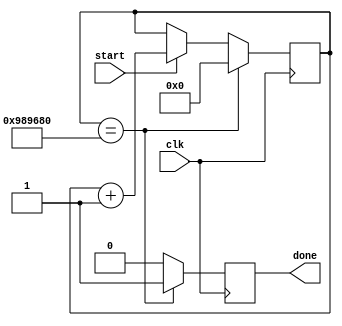
module TimerEspera(clk, start, done);

	input clk;
	input start;
	output done;
	
//=======================================================
//  REG/WIRE declarations
//=======================================================
	reg [30:0] St_Register;
	reg [30:0] St_Signal;
	reg St_done = 1'b0;

//=======================================================
//  Structural coding
//=======================================================
//-------INPUT LOGIC: COMBINATIONAL-----------------------------//
// NEXT STATE LOGIC : COMBINATIONAL
  //Este always se encarga de contar en cada flanco del reloj del mdulo siempre que FR_TIMER_COUNTER_Enable este activa.
  //Adems, se encarga de reiniciar el temporizador una vez llegue a 3'b100.
  always @ (*)
		begin
			if (start == 1'b1)
			begin
				if(St_Register == 30'd10000000)
					St_Signal = 0;
				else
					St_Signal = St_Register + 1;
			end
			else 
				St_Signal = St_Register;
		 end
	
//-----------------------SEQUENTIAL----------------------------//
	//Este always se encarga de actualizar el temporizador en cada flanco de reloj y reiniciarlo si llega a 3'b100 o si se activa la seal FR_TIMER_COUNTER_Reset.
	always @ ( posedge clk)
	begin
		if(St_Register == 30'd10000000)
		begin
			St_Register <= 0;
			St_done <= 1'b1;
		end
		else
		begin
			St_Register <= St_Signal;
			St_done <= 1'b0;
		end
	end
//=======================================================
//  Outputs
//=======================================================
//-----------OUTPUT LOGIC : COMBINATIONAL -------------------------
assign done = St_done;
endmodule